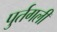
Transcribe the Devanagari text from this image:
पुर्तगली